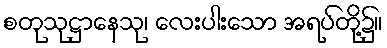
စတုသုဋ္ဌာနေသု၊ လေးပါးသော အရပ်တို့၌။